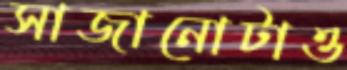
সাজানোটাও